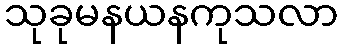
သုခုမနယနကုသလာ